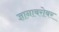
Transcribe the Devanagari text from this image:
ज्ञानाबरोबर